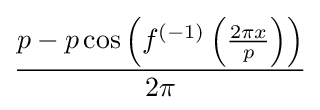
{\frac {p-p\cos \left(f^{(-1)}\left({\frac {2\pi x}{p}}\right)\right)}{2\pi }}